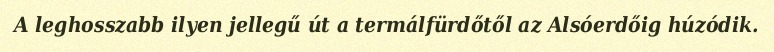
A leghosszabb ilyen jellegű út a termálfürdőtől az Alsóerdőig húzódik.